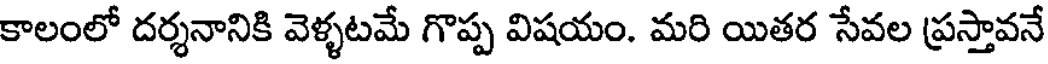
కాలంలో దర్శనానికి వెళ్ళటమే గొప్ప విషయం. మరి యితర సేవల ప్రస్తావనే